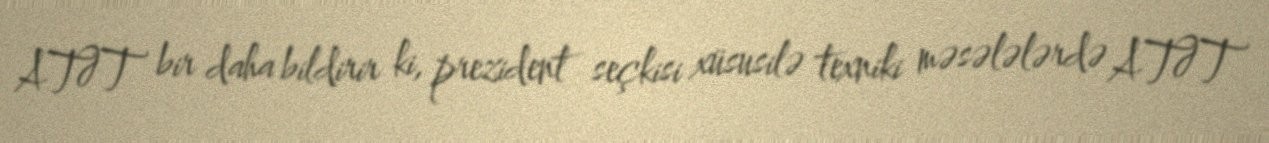
ATƏT bir daha bildirir ki, prezident seçkisi xüsusilə texniki məsələlərdə ATƏT